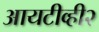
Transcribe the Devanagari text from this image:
आयटीव्ही२